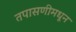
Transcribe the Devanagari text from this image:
तपासणीमधून